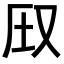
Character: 𪠦